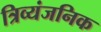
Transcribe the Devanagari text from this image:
त्रिव्यंजनिक